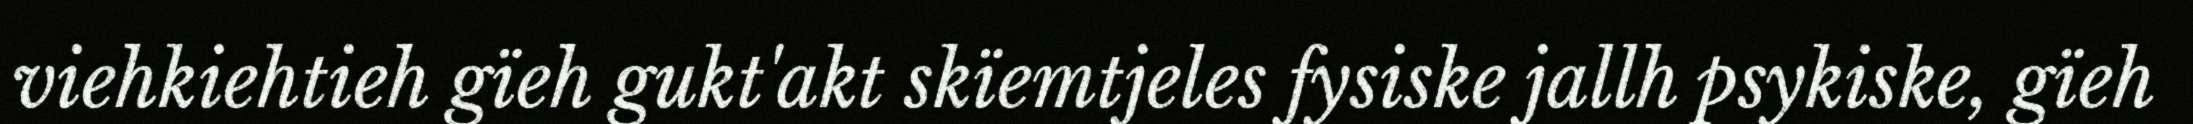
viehkiehtieh gïeh gukt'akt skïemtjeles fysiske jallh psykiske, gïeh